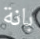
بانة